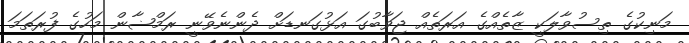
މަނިކުގެ ތިސުވާލަކީ ޒާތެއްގެ އަރަތެއް ޖަވާބުގަ އަޅުގަނޑަށް ދެންނެވޭނީ ރަމްޟާން މަހުގެ ފުރަތަމަ